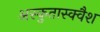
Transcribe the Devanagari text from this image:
अस्कुतास्क्वैश